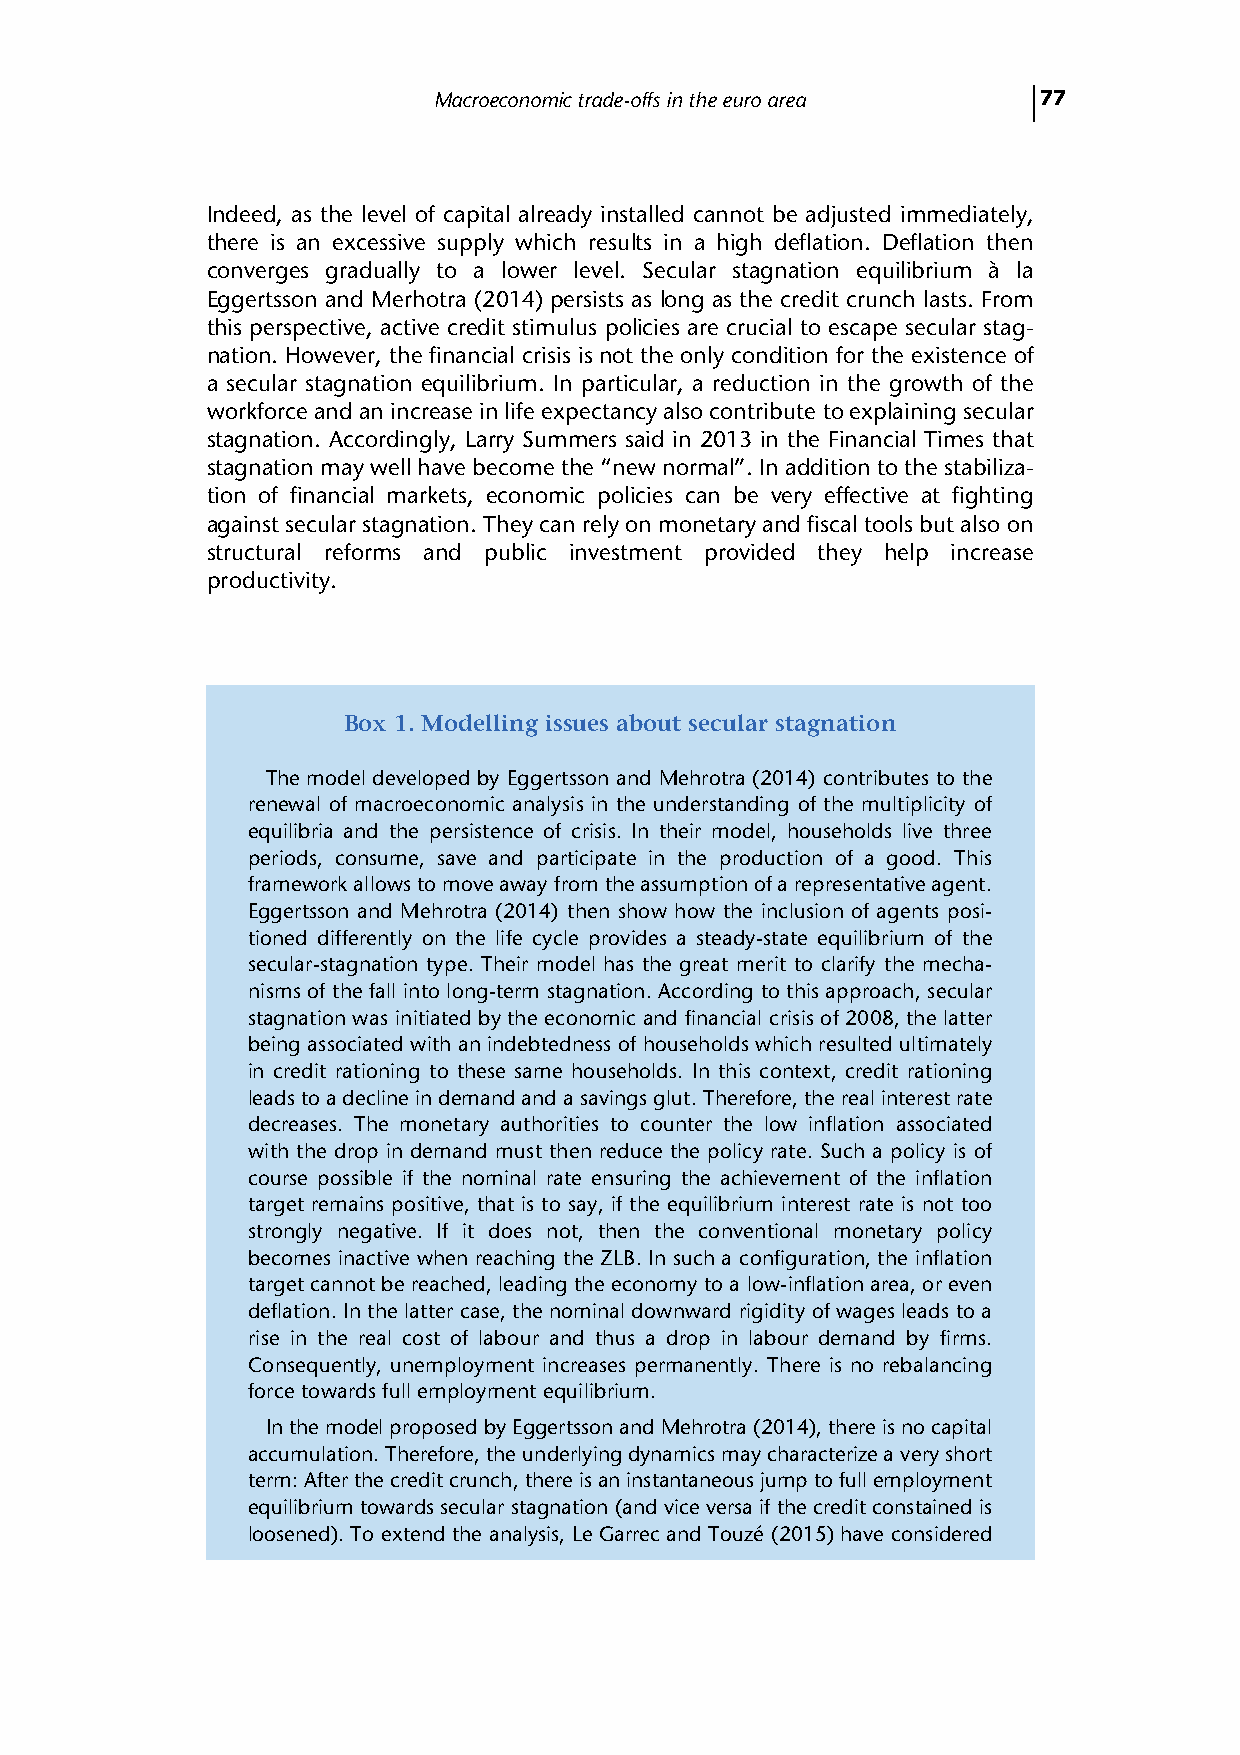
Macroeconomic trade-offs in the euro area 77
 Indeed, as the level of capital already installed cannot be adjusted immediately,
 there is an excessive supply which results in a high deflation. Deflation then
 converges gradually to a lower level. Secular stagnation equilibrium à la
 Eggertsson and Merhotra (2014) persists as long as the credit crunch lasts. From
 this perspective, active credit stimulus policies are crucial to escape secular stag-
 nation. However, the financial crisis is not the only condition for the existence of
 a secular stagnation equilibrium. In particular, a reduction in the growth of the
 workforce and an increase in life expectancy also contribute to explaining secular
 stagnation. Accordingly, Larry Summers said in 2013 in the Financial Times that
 stagnation may well have become the “new normal”. In addition to the stabiliza-
 tion of financial markets, economic policies can be very effective at fighting
 against secular stagnation. They can rely on monetary and fiscal tools but also on
 structural reforms and public investment provided they help increase
 productivity.
 Box 1. Modelling issues about secular stagnation
 The model developed by Eggertsson and Mehrotra (2014) contributes to the
 renewal of macroeconomic analysis in the understanding of the multiplicity of
 equilibria and the persistence of crisis. In their model, households live three
 periods, consume, save and participate in the production of a good. This
 framework allows to move away from the assumption of a representative agent.
 Eggertsson and Mehrotra (2014) then show how the inclusion of agents posi-
 tioned differently on the life cycle provides a steady-state equilibrium of the
 secular-stagnation type. Their model has the great merit to clarify the mecha-
 nisms of the fall into long-term stagnation. According to this approach, secular
 stagnation was initiated by the economic and financial crisis of 2008, the latter
 being associated with an indebtedness of households which resulted ultimately
 in credit rationing to these same households. In this context, credit rationing
 leads to a decline in demand and a savings glut. Therefore, the real interest rate
 decreases. The monetary authorities to counter the low inflation associated
 with the drop in demand must then reduce the policy rate. Such a policy is of
 course possible if the nominal rate ensuring the achievement of the inflation
 target remains positive, that is to say, if the equilibrium interest rate is not too
 strongly negative. If it does not, then the conventional monetary policy
 becomes inactive when reaching the ZLB. In such a configuration, the inflation
 target cannot be reached, leading the economy to a low-inflation area, or even
 deflation. In the latter case, the nominal downward rigidity of wages leads to a
 rise in the real cost of labour and thus a drop in labour demand by firms.
 Consequently, unemployment increases permanently. There is no rebalancing
 force towards full employment equilibrium.
 In the model proposed by Eggertsson and Mehrotra (2014), there is no capital
 accumulation. Therefore, the underlying dynamics may characterize a very short
 term: After the credit crunch, there is an instantaneous jump to full employment
 equilibrium towards secular stagnation (and vice versa if the credit constained is
 loosened). To extend the analysis, Le Garrec and Touzé (2015) have considered